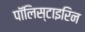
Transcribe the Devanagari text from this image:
पॉलिस्टाइरिन